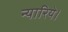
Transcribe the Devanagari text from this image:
न्यारिये।